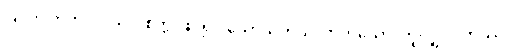
ပြင်ဂဂတတလံ၊ သုံးဝိစိတ္တ ဖြင်၍။ သောသတိယလာတသော၊ တူလျှင်။ တဿ၊